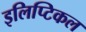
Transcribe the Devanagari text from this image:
इलिप्टिकल